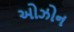
ઓઝોન